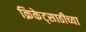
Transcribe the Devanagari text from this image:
क्रिकेट्साठीच्या